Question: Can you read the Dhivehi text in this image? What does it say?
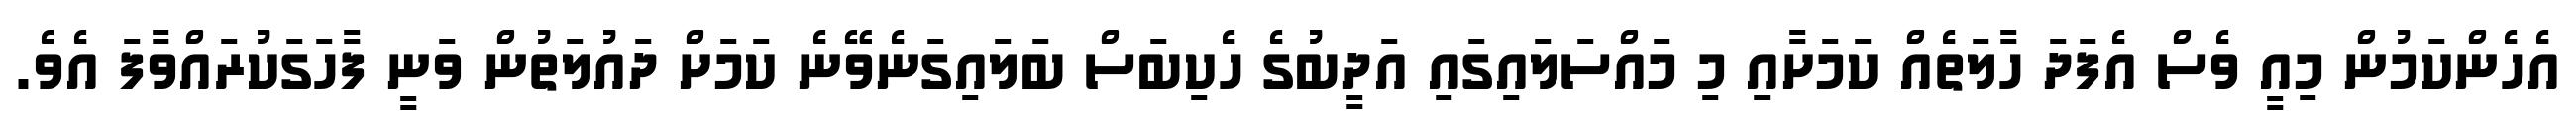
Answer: އެހެންކަމުން މިއީ ވެސް އެފަދަ ހާލަތެއް ކަމަށާއި މި މައްސަލައިގައި އަދީބުގެ ހެކިބަސް ބަލައިގަނެވޭނެ ކަމަށް ދައުލަތުން ވަނީ ފާހަގަކުރައްވާފަ އެވެ.